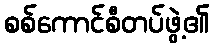
စစ်ကောင်စီတပ်ဖွဲ့၏